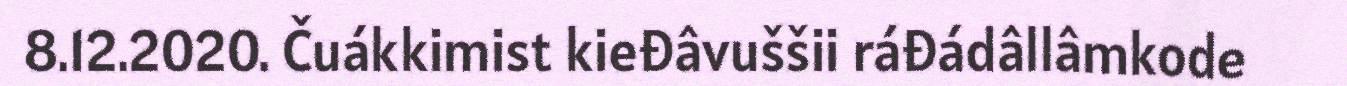
8.12.2020. Čuákkimist kieđâvuššii ráđádâllâmkode